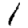
Digit: 1